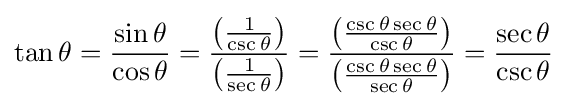
\tan \theta ={\frac {\sin \theta }{\cos \theta }}={\frac {\left({\frac {1}{\csc \theta }}\right)}{\left({\frac {1}{\sec \theta }}\right)}}={\frac {\left({\frac {\csc \theta \sec \theta }{\csc \theta }}\right)}{\left({\frac {\csc \theta \sec \theta }{\sec \theta }}\right)}}={\frac {\sec \theta }{\csc \theta }}